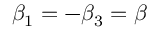
{ \beta _ { 1 } } = - { \beta _ { 3 } } = \beta